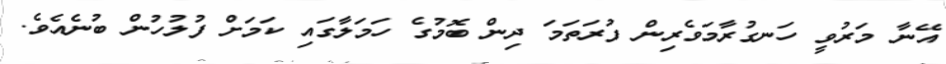
އޭނާ މަރުވީ ހަނގުރާމަވެރިން ފުރަތަމަ ދިން ބޮމުގެ ހަމަލާގައި ކަމަށް ފުލުހުން ބުނެއެވެ.